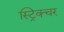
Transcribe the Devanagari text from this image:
स्ट्रिक्चर